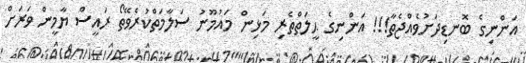
އަންނިގެ ބޮނޑިދަށުވެއްޖެތާ!!! އަންނިގެ ޙީލަތްތެރި މަޅިން މައުމޫނު ސަލާމަތްކުރެވޭތޯ ރައީސް ޔާމީން ވަރަށް